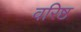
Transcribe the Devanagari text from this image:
वरिष्ठ